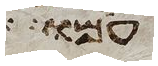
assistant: עמו